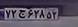
۷۲ج۶۲۸۵۳